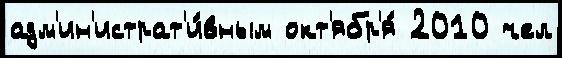
адм'ин'истрат'и́вным окт'ябр'я́ 2010 чел